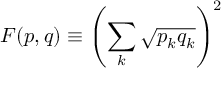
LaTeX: F ( { \boldsymbol { p } } , { \boldsymbol { q } } ) \equiv \left( \sum _ { k } { \sqrt { p _ { k } q _ { k } } } \right) ^ { 2 }